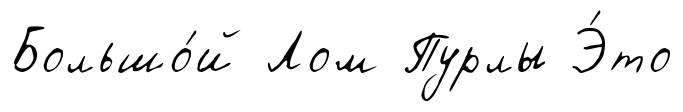
Большо́й Лом Пурлы Э́то